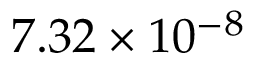
7 . 3 2 \times 1 0 ^ { - 8 }